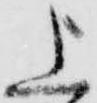
上